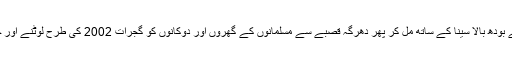
2014 میں اِدَھر بھارت میں مودی راج شروع ہوا اُدھر میانمار میں آشن وارتھو نے بودھ بالا سینا کے ساتھ مل کر پھر دھرگہ قصبے سے مسلمانوں کے گھروں اور دوکانوں کو گجرات 2002 کی طرح لوٹنے اور جلانے کا سلسلہ شروع کر دیا اور پورے قصبے کو مسلمانوں سے خالی کرا لیا گیا۔